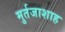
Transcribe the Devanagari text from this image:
मुर्तजाशाह